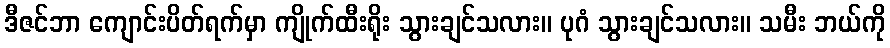
ဒီဇင်ဘာ ကျောင်းပိတ်ရက်မှာ ကျိုက်ထီးရိုး သွားချင်သလား။ ပုဂံ သွားချင်သလား။ သမီး ဘယ်ကို